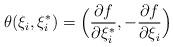
LaTeX: \begin{align*} \theta(\xi_{i},\xi_{i}^{*}) = \Bigl( \frac{\partial f}{\partial \xi_{i}^{*}}, -\frac{\partial f}{\partial \xi_{i}}\Bigr)\end{align*}